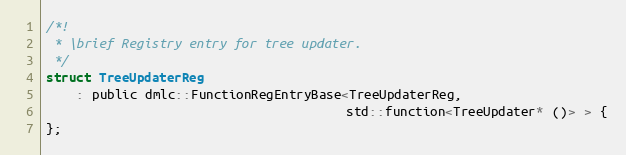
Language: C
/*!
 * \brief Registry entry for tree updater.
 */
struct TreeUpdaterReg
    : public dmlc::FunctionRegEntryBase<TreeUpdaterReg,
                                        std::function<TreeUpdater* ()> > {
};